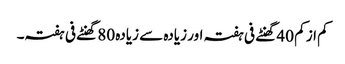
کم از کم 40 گھنٹے فی ہفتہ اور زیادہ سے زیادہ 80 گھنٹے فی ہفتہ۔